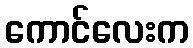
ကောင်လေးက